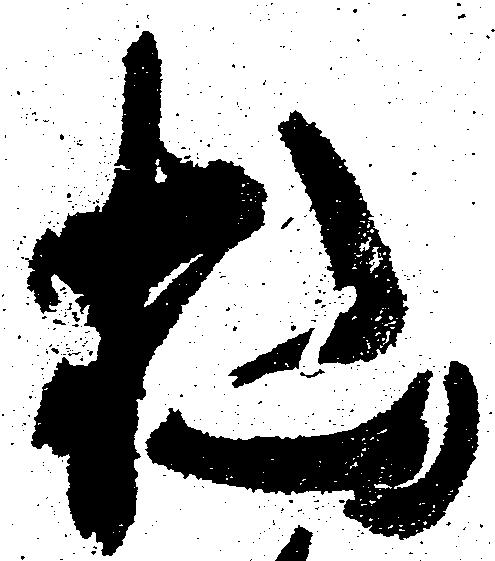
杣